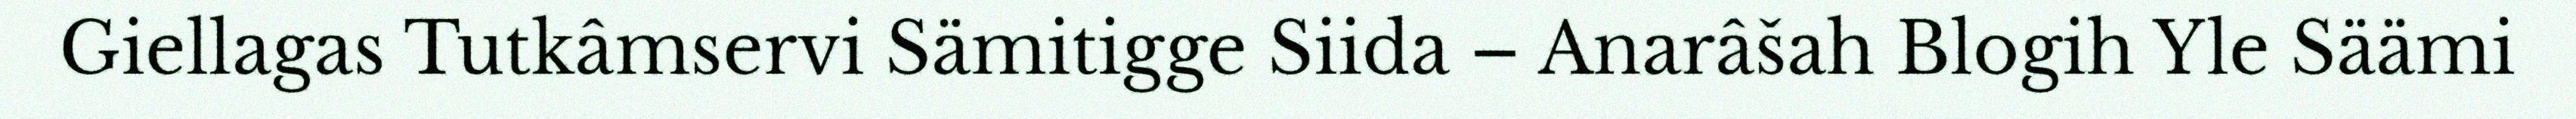
Giellagas Tutkâmservi Sämitigge Siida – Anarâšah Blogih Yle Säämi